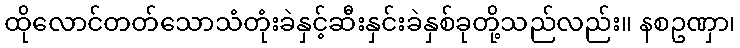
ထိုလောင်တတ်သောသံတုံးခဲနှင့်ဆီးနှင်းခဲနှစ်ခုတို့သည်လည်း။ နစဥဏှာ၊